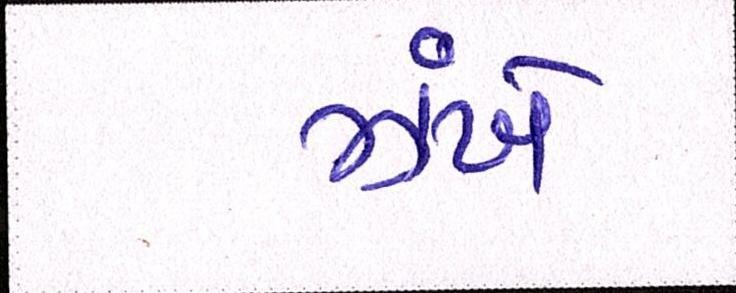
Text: ઝંખે